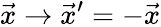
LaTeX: {\vec{x}}\to{\vec{x}}^{\prime}=-{\vec{x}}